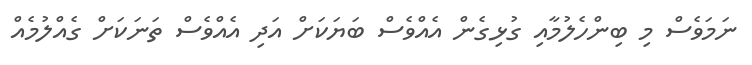
ނަމަވެސް މި ބިންހެލުމާއި ގުޅިގެން އެއްވެސް ބަޔަކަށް އަދި އެއްވެސް ތަނަކަށް ގެއްލުމެއް